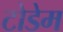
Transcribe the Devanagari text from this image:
टोडेम